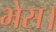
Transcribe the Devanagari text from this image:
भेस।